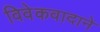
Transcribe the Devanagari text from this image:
विवेकवादाने